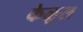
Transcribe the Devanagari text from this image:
केळूस